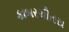
કાબરચીતરા